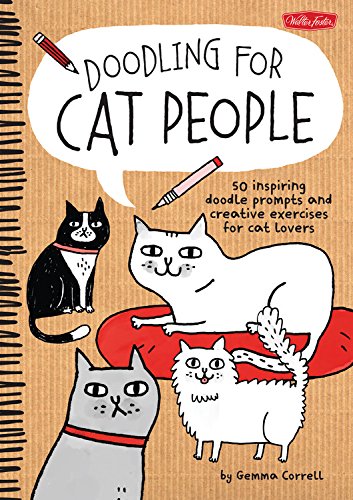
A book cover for Doodling for Cat People: 50 inspiring doodle prompts and creative exercises for cat lovers; Gemma Correll; Comics & Graphic Novels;